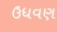
ઉધવણ